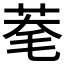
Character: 𦯮